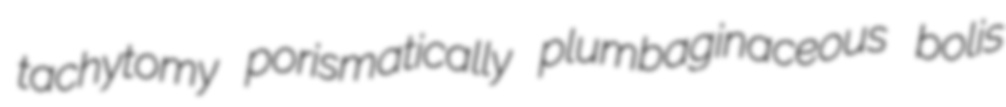
tachytomy porismatically plumbaginaceous bolis